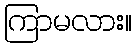
ကြာမလား။